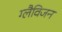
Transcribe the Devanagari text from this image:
ग्लैविजन